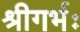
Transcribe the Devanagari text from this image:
श्रीगर्भः